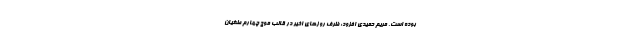
بوده است. مریم حمیدی افزود: ظرف روزهای اخیر در قالب موج چهارم طغیان